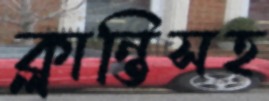
ক্লান্তিসহ